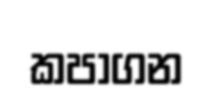
කපාගන